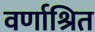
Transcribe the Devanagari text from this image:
वर्णाश्रित